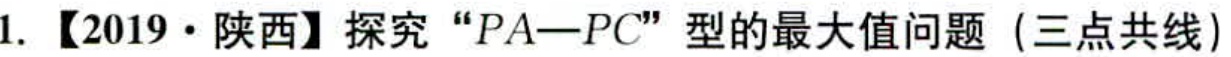
1. 【2019·陕西】探究 “\(PA - PC\)” 型的最大值问题（三点共线）